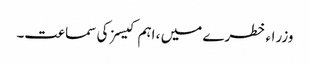
وزراء خطرے میں ، اہم کیسز کی سماعت۔